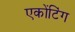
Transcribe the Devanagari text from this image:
एकोंटिंग